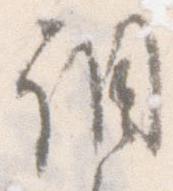
調